King Institute of Preventive Medicine Micro-Biological Section reports 1909-11
Year: 1909
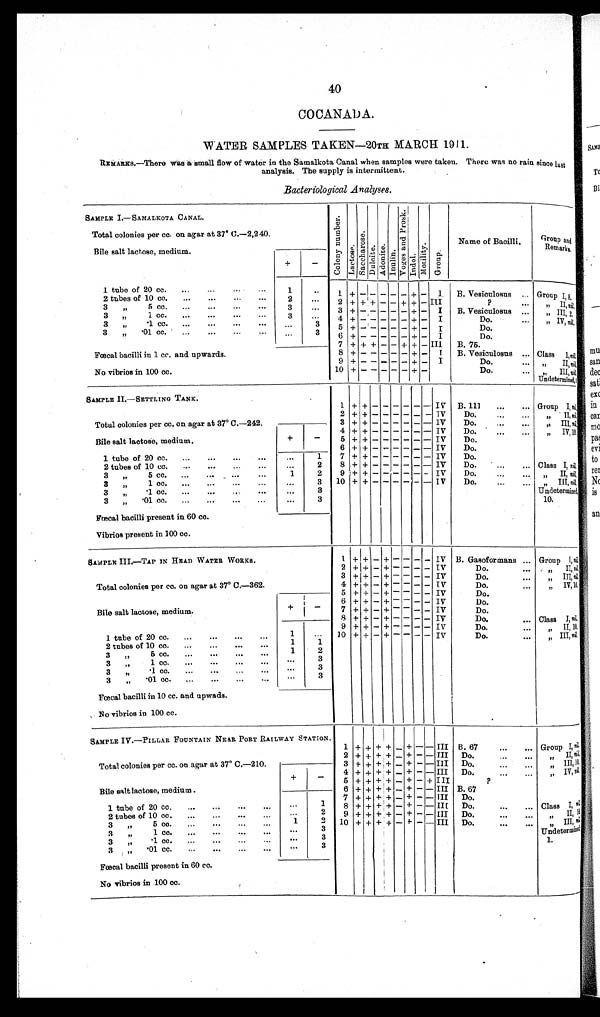
40
COCANADA.
WATER SAMPLES TAKEN—20TH MARCH 1911.
REMARKS.—There was a small flow of water in the Samalkota Canal when samples were taken. There was no rain since last
analysis. The supply is intermittent.
Bacteriological Analyses.
SAMPLE I.—SAMALKOTA CANAL.
Col ony number . Lactose. Sacchar ose.
Dul ci t e.
Adoni t e. Inulin.
Vo g e s a n d Pr o s k . I ndol . Moti l i ty. Group.
Name of Bacilli.
Group and
Remarks.
Total colonies per cc. on agar at 37° C.—2,240.
Bile salt lactose, medium.
+
-
1 tube of 20 cc.
...
...
... ...
1
. . .
1
+ -
- - - - + - I.
B. Vesiculosus
Group I, 8.
2 tubes of 10 cc. ...
...
... ..
.
2
. . .
2 + + + - - + + - III
?
. . .
„ I I , n i l .
3 „ 5 cc. ...
...
..
.
3
...
3
+ -
- - - - + - I
B. Vesiculosus ...
„ I I I , 2 .
3 „ 1 cc. ...
...
..
.
..
.
3
. . .
4 + -
- - - - + - I
Do.
. . .
„ I V , n i l .
3 „ .1 cc.
..
.
...
...
..
.
...
3
5
+ -
- - - - + - I
Do.
3 „ .01 cc. ... ... ...
. . .
3
6
+ -
- - - - + - I
Do.
7 + + + - - + + - III B.75.
Fœcal bacilli in 1 cc. and upwards.
8
+ -
- - - - + - I B. Vesiculosus ... Class I , n i l .
9 + -
- - - - + - I
Do.
„ I I ,
n i l
.
No vibrios in 100 cc.
10 + -
- - - - + -
Do.
...
„ I I I , n i l . U n d e t e r m i n e d , 1 .
SAMPLE II.—SETTLING TANK.
1 + + - - - - - - IV B. 111 . . .
. . . Group I, ni l .
Total colonies per cc. on agar at 37° C.—242.
2 + + - - - - - -
I V Do.
...
...
„ I I ,
n i l
.
3 + + - - - - - - IV
D o .
. . .
. . . „ I I I ,
n i l
.
Bile salt lactose, medium.
+
-
4 + + - - - - - - IV
Do.
...
...
„ IV, 10.
5 + + - - - - - - IV
Do.
6 + + - - - - - - IV
Do.
1 tube of 20 cc.
...
...
...
...
...
1
7
+ + - - - - - - IV
Do.
2 tubes of 10 cc.
... ... ...
...
2
8 + + - - - - - - IV
Do.
...
... Class I, n i l .
3 „
5 cc. ...
...
...
...
1
2
9 + + - - - - - - IV
Do.
„ I I ,
n i l .
3 „ 1 cc.
...
...
...
...
3 „ .1 cc...
...
. . .
... . . .
3
3
10 + + - - - - - - IV
Do.
...
... „ III,n i l
.
Undetermined,
10.
3 „ .01 cc.
...
..,
...
...
. . .
3
Fœcal bacilli present in 60 cc.
Vibrios present in 100 cc.
SAMPLE III.—TAP IN HEAD WATER WORKS.
1 +
+ - + - - - - IV B. Gasoformans
Group I,n i l
.
2 + + - + - - - - IV
Do....
„ I I ,
n i l
.
Total colonies per cc. on agar at 37° C.—362
3 +
+
- + - - - - IV
D o .
. . .
„ I I I ,
n i l
.
4 + + - + - - - - IV
D o .
...
„ I V , 1 0 .
5 + + - + - - - - IV
D o .
Bile salt lactose, medium.
+
-
6 + + - + - - - - IV
Do.
7 + + - + - - - - IV
Do.
8 + + - + - - - - IV
Do.
Class I, nil.
1 tube of 20 cc.
...
...
...
...
1
. . .
9 + + - + - - - - IV
Do.
•••
„ II, 10.
10 + + - + - - - - IV
Do.
. . .
„ I I I ,
n i l .
2 tubes of 10 cc.
...
...
...
...
1
1
„
3 „ 5 cc.
...
...
...
. . .
1
2
3 „1 cc.
...
...
...
...
. . .
3
3 „ .1 cc.
...
...
...
...
...
3
3 „ .01 cc.
...
...
...
...
. . . 3
Fœcal bacilli in 10 cc. and upwads.
No vibrios in 100 cc.
SAMPLE IV.—PILLAR FOUNTAIN NEAR PORT RAILWAY STATION.
1 + + + + -
+
- - III
B. 67 ... ... ...
...
G r o u p I ,
n i l
.
Total colonies per cc. on agar at 37° C.—210.
2 + + + + -
+ - - III
Do.
. . .
„ I I ,
n i l
.
3 + + + + -
+ - - III
D o .
. . .
. . .
. .
.
„ I I I ,
n i l
.
Bile salt lactose, medium.
+
-
4 + + + + -
+ - - III
D o .
. . .
. . .
„ I V ,n
i l
.
5 + + + + -
+ - + III
?
6 + + + + -
+ - - III B. 67
1 tube of 20 cc.
...
...
...
...
...
1
7 + + + + -
+ - - III
Do. ... ...
8 + + + + -
+ - - III
Do. ... . . .
C l a s s I ,
n i l
. „
2 tubes of 10 cc.
...
...
...
...
...
2
9 + + + + -
+ - - III
Do. ... ...
„ I I ,n
i l.
3 „ 5 cc..
...
...
...
...
1
2
1 0
+ + + + -
+ - - III
Do. ... . . .
„ I I I , n i l . U n d e t e r m i n e d . 1 .
3 „ 1 cc.
...
...
...
...
...
3
3 „ .1 cc.
...
...
...
...
...
...
3
3 „ .01 cc.
...
...
...
...
...
3
Fœcal bacilli present in 60 cc.
No vibrios in 100 cc.